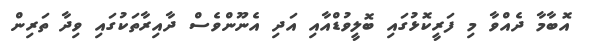
އޮބާމާ ދެއްވާ މި ފަރީކޮޅުގައި ބޮލީވުޑްއާއި އަދި އެނޫންވެސް ދާއިރާތަކުގައި ވިދާ ތަރިން